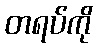
တရပ်ကို